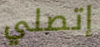
إتصلي